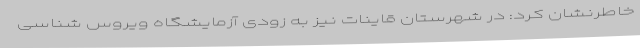
خاطرنشان کرد: در شهرستان قاینات نیز به زودی آزمایشگاه ویروس شناسی